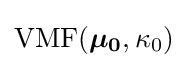
{\text{VMF}}({\boldsymbol {\mu _{0}}},\kappa _{0})